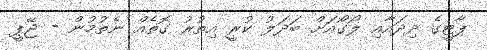
ޕާޓީގެ ދިދައާއި ލޯގޯއަށް ބަދަލު ކުރީ އިތުރު ގޮތެއް ނެތުމުން - ޖޭޕީ